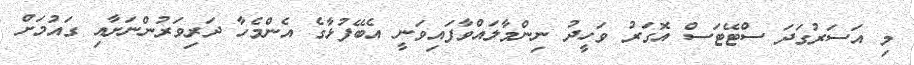
މި އަސަރުގަދަ ސްޓޭޓަސް އޮގަރު ވަހީދު ނިންމާލައްވާފައިވަނީ އެބޭފުޅާގެ އެންމެހާ ދަރިވަރުންނަށާއި ގައުމަށް